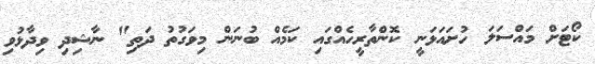
ކޯޓަށް މައްސަލަ ހުށައަޅަނީ ކޮންތާރީހެއްގައި ކަމެއް ބުނަން މިވަގުތު ދަތި" ނާޝިދި ވިދާޅުވި